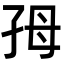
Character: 𡥓